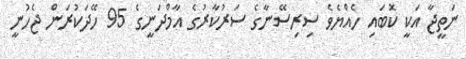
ނަތީޖާ އަކީ ކޮބައި ހެއްޔެވެ ސިރިސޭނާގެ ސަރުކާރުގެ އާމްދަނީގެ 95 ހޭދަކުރަން ޖެހުނީ